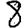
Digit: 8